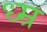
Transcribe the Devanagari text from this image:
ध्म्र